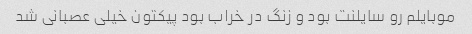
موبایلم رو سایلنت بود و زنگ در خراب بود پیکتون خیلی عصبانی شد